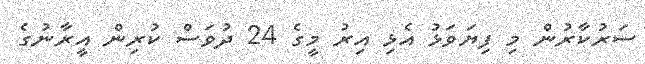
ސަރުކާރުން މި ފިޔަވަޅު އެޅި އިރު މީގެ 24 ދުވަސް ކުރިން އީރާނުގެ